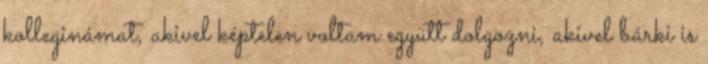
kolleginámat, akivel képtelen voltam együtt dolgozni, akivel bárki is